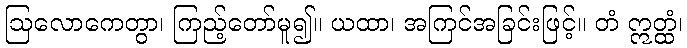
ဩလောကေတွာ၊ ကြည့်တော်မူ၍။ ယထာ၊ အကြင်အခြင်းဖြင့်။ တံ ဣတ္ထံ၊